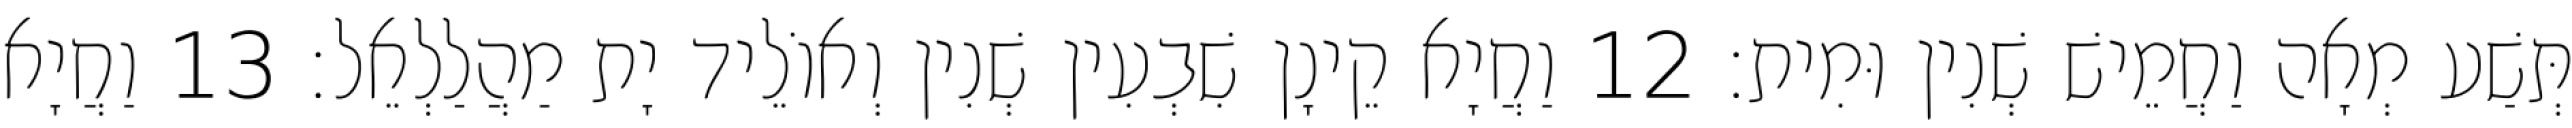
תְּשַׁע מְאָה וַחֲמֵישׁ שְׁנִין וּמִית׃ 12 וַחֲיָא קֵינָן שִׁבְעִין שְׁנִין וְאוֹלֵיד יָת מַהֲלַלְאֵל׃ 13 וַחֲיָא